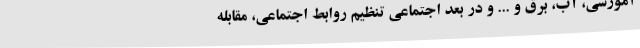
آموزشی، آب، برق و ... و در بعد اجتماعی تنظیم روابط اجتماعی، مقابله